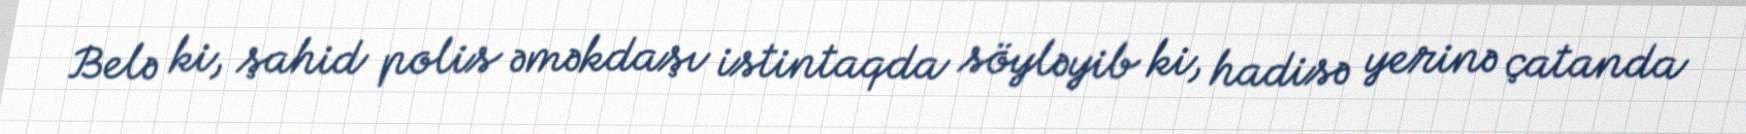
Belə ki, şahid polis əməkdaşı istintaqda söyləyib ki, hadisə yerinə çatanda